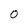
Character: 0